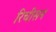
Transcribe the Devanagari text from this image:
रिचीसन